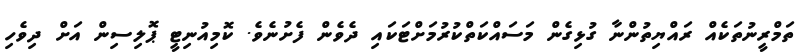
ތަމްރީނުތަކެއް ރައްޔިތުންނާ ގުޅިގެން މަސައްކަތްކުރުމަށްޓަކައި ދެވެން ފެށުނެވެ. ކޮމިއުނިޓީ ޕޮލިސިން އަށް ދިވެހި